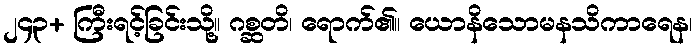
၂၄၃+ ကြီးရင့်ခြင်းသို့။ ဂစ္ဆတိ၊ ရောက်၏။ ယောနိသောမနသိကာရေန၊